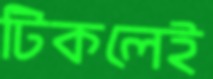
টিকলেই